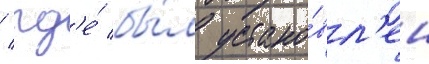
/ гд'е́ бы́л устано́вл'ен